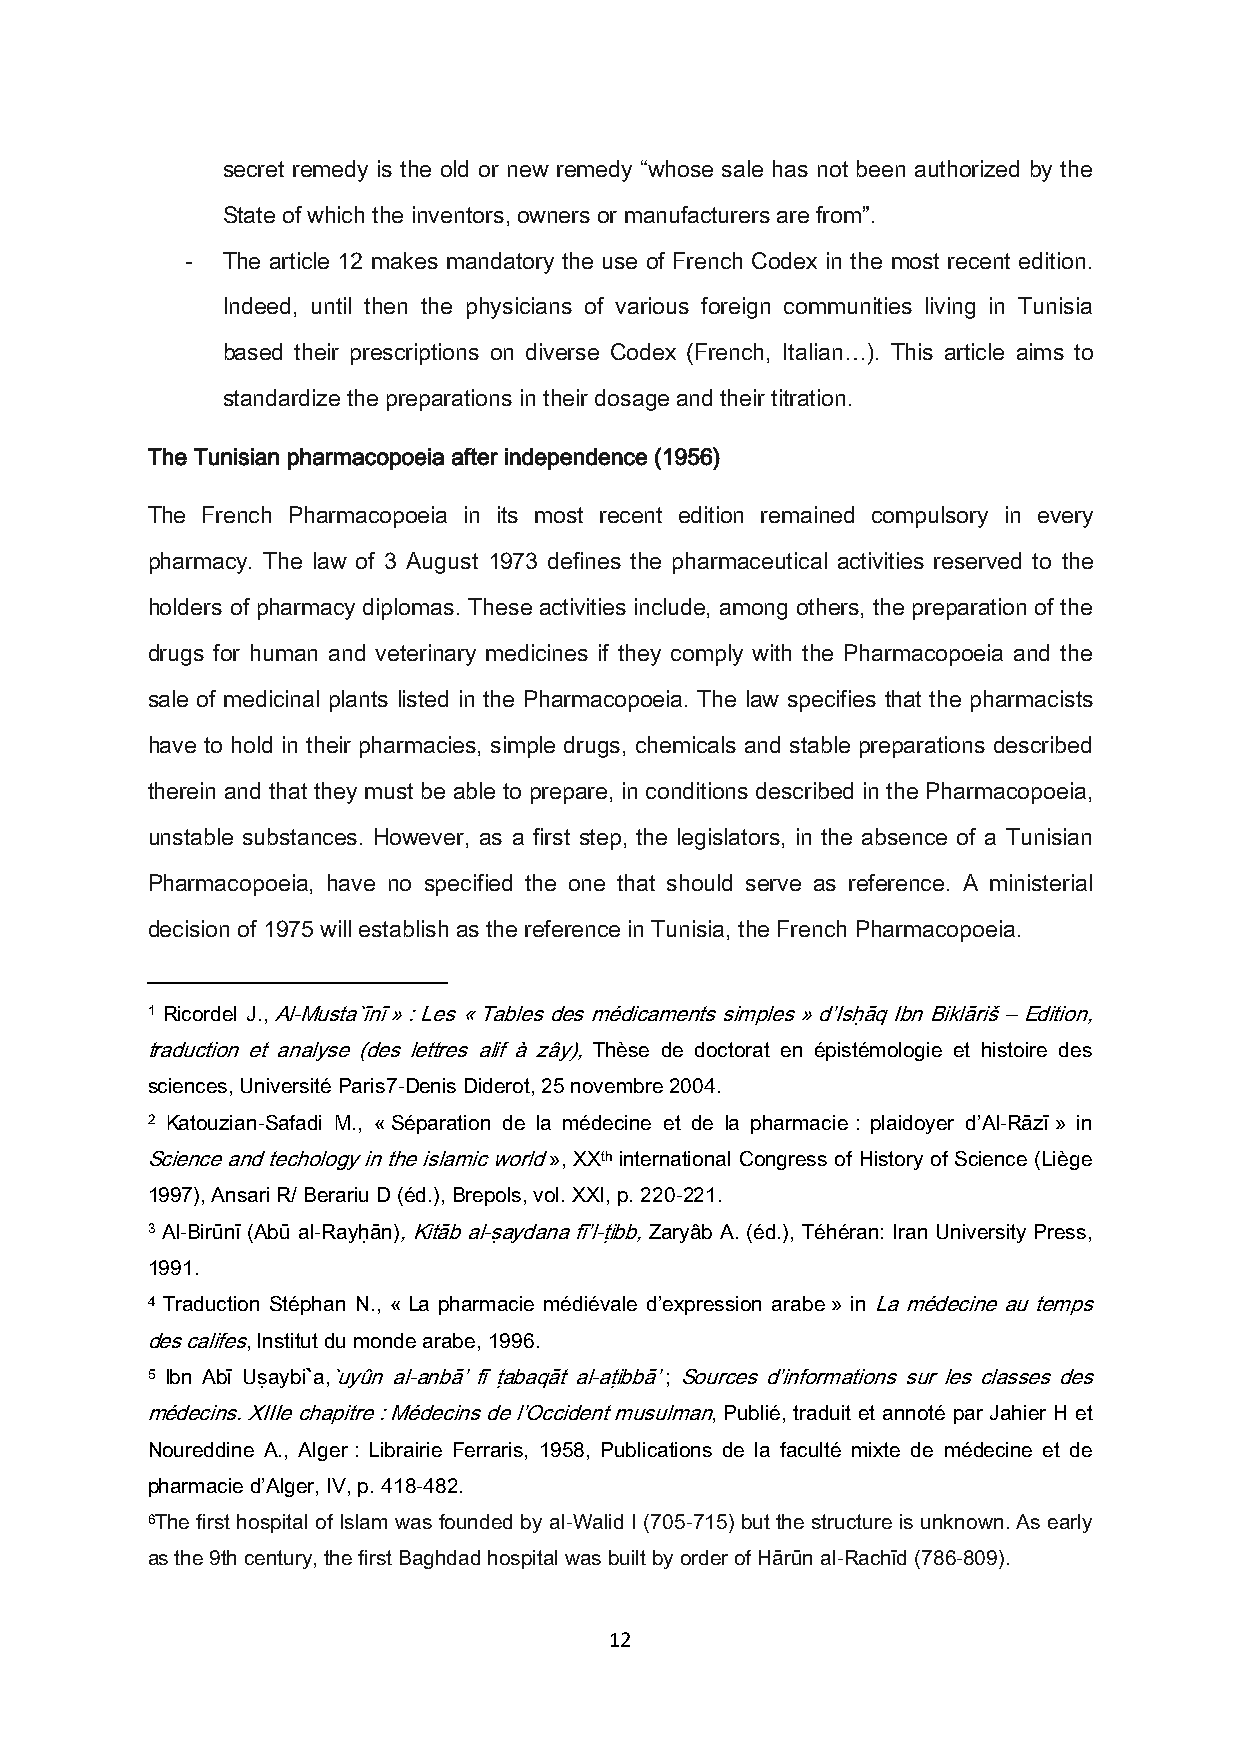
secret remedy is the old or new remedy “whose sale has not been authorized by the
 State of which the inventors, owners or manufacturers are from”.
 -  The article 12 makes mandatory the use of French Codex in the most recent edition.
 Indeed, until then the physicians of various foreign communities living in Tunisia
 based their prescriptions on diverse Codex (French, Italian…). This article aims to
 standardize the preparations in their dosage and their titration.
 The Tunisian pharmacopoeia after independence (1956)
 The French Pharmacopoeia in its most recent edition remained compulsory in every
 pharmacy. The law of 3 August 1973 defines the pharmaceutical activities reserved to the
 holders of pharmacy diplomas. These activities include, among others, the preparation of the
 drugs for human and veterinary medicines if they comply with the Pharmacopoeia and the
 sale of medicinal plants listed in the Pharmacopoeia. The law specifies that the pharmacists
 have to hold in their pharmacies, simple drugs, chemicals and stable preparations described
 therein and that they must be able to prepare, in conditions described in the Pharmacopoeia,
 unstable substances. However, as a first step, the legislators, in the absence of a Tunisian
 Pharmacopoeia, have no specified the one that should serve as reference. A ministerial
 decision of 1975 will establish as the reference in Tunisia, the French Pharmacopoeia.
 1 Ricordel J., Al-Musta`īnī » : Les « Tables des médicaments simples » d’Isḥāq Ibn Biklāriš – Edition,
 traduction et analyse (des lettres alif à zây), Thèse de doctorat en épistémologie et histoire des
 sciences, Université Paris7-Denis Diderot, 25 novembre 2004.
 2 Katouzian-Safadi M., « Séparation de la médecine et de la pharmacie : plaidoyer d’Al-Rāzī » in
 Science and techology in the islamic world », XXth international Congress of History of Science (Liège
 1997), Ansari R/ Berariu D (éd.), Brepols, vol. XXI, p. 220-221.
 3 Al-Birūnī (Abū al-Rayḥān), Kitāb al-ṣaydana fī’l-ṭibb, Zaryâb A. (éd.), Téhéran: Iran University Press,
 1991.
 4 Traduction Stéphan N., « La pharmacie médiévale d’expression arabe » in La médecine au temps
 des califes, Institut du monde arabe, 1996.
 5 Ibn Abī Uṣaybi`a,`uyûn al-anbā’ fī ṭabaqāt al-aṭibbā’ ; Sources d’informations sur les classes des
 médecins. XIIIe chapitre : Médecins de l’Occident musulman, Publié, traduit et annoté par Jahier H et
 Noureddine A., Alger : Librairie Ferraris, 1958, Publications de la faculté mixte de médecine et de
 pharmacie d’Alger, IV, p. 418-482.
 6The first hospital of Islam was founded by al-Walid I (705-715) but the structure is unknown. As early
 as the 9th century, the first Baghdad hospital was built by order of Hārūn al-Rachīd (786-809).
 12